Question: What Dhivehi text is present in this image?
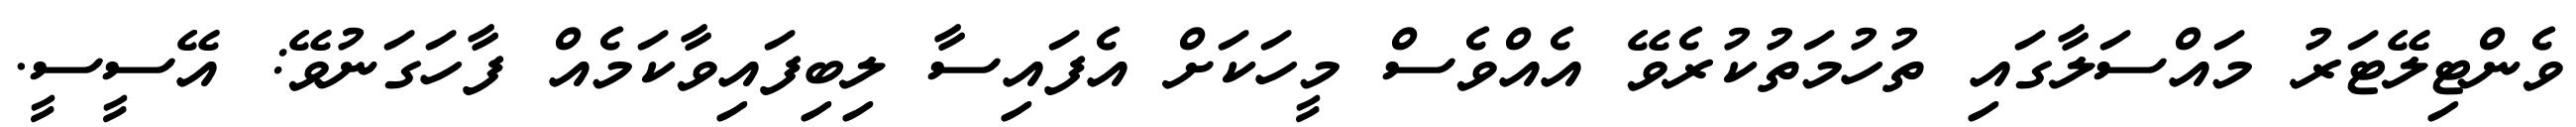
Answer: ވެންޓިލޭޓަރު މައްސަލާގައި ތުހުމަތުކުރެވޭ އެއްވެސް މީހަކަށް އެފައިސާ ލިބިފައިވާކަމެއް ފާހަގަނުވޭ: އޭސީސީ.